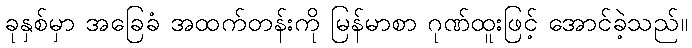
ခုနှစ်မှာ အခြေခံ အထက်တန်းကို မြန်မာစာ ဂုဏ်ထူးဖြင့် အောင်ခဲ့သည်။